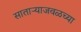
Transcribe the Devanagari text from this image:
साताऱ्याजवळच्या